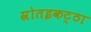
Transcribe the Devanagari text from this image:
स्रोतइकट्ठा